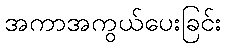
အကာအကွယ်ပေးခြင်း